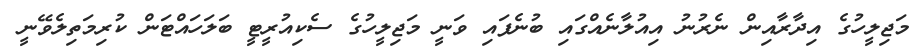
މަޖިލީހުގެ އިދާރާއިން ނެރުނު އިއުލާނެއްގައި ބުނެފައި ވަނީ މަޖިލީހުގެ ސެކިއުރީޓީ ބަލަހައްޓަން ކުރިމަތިލެވޭނީ